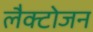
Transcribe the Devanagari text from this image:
लैक्टोजन